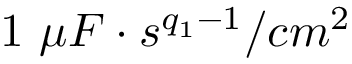
1 \ \mu F \cdot s ^ { q _ { 1 } - 1 } / c m ^ { 2 }